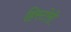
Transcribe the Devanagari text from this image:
हिस्टोरी